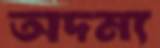
অদম্য